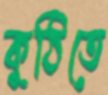
কুঠিতে